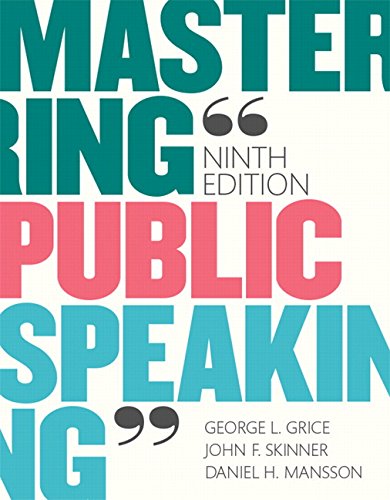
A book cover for Mastering Public Speaking (9th Edition); George L. Grice; Reference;